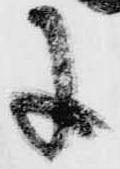
に